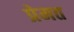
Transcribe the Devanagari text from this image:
प्रेमत